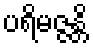
ပရိမဇ္ဇန္တိ